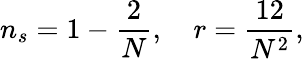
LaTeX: n_{s}=1-{\frac{2}{N}},\quad r={\frac{12}{N^{2}}},